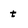
Character: t